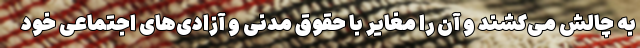
به چالش می‌کشند و آن را مغایر با حقوق مدنی و آزادی‌های اجتماعی خود